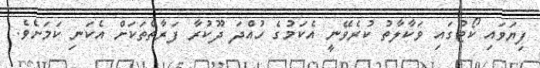
ފިޔަވައި ކޯޓުގައި ވަކާލާތު ކުރެވޭނީ އެކަމުގެ ހުއްދަ ދޫކުރާ ފަރާތްތަކަށް އެކަނި ކަމަށެވެ.